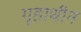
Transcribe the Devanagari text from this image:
गृहाधीन